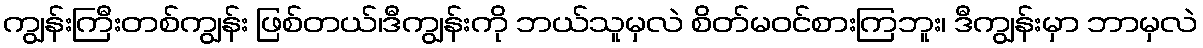
ကျွန်းကြီးတစ်ကျွန်း ဖြစ်တယ်၊ဒီကျွန်းကို ဘယ်သူမှလဲ စိတ်မဝင်စားကြဘူး၊ ဒီကျွန်းမှာ ဘာမှလဲ